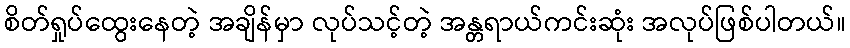
စိတ်ရှုပ်ထွေးနေတဲ့ အချိန်မှာ လုပ်သင့်တဲ့ အန္တရာယ်ကင်းဆုံး အလုပ်ဖြစ်ပါတယ်။